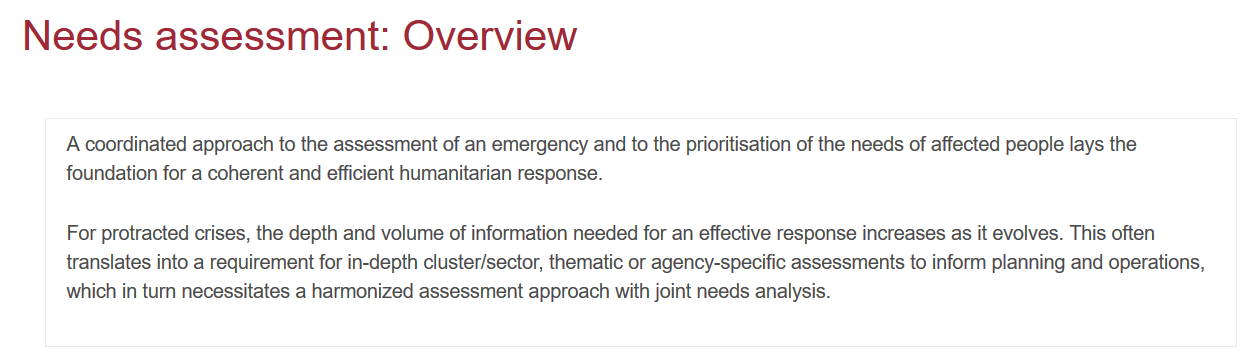
Needs    assessment:    Overview
     A coordinated approach to the assessment of an emergency and to the prioritisation of the needs of affected people lays the
     foundation for a coherent and efficient humanitarian response.
     For protracted crises, the depth and volume of information needed for an effective response increases as it evolves. This often
     translates into a requirement for in-depth cluster/sector, thematic or agency-specific assessments to inform planning and operations,
     which in turn necessitates a harmonized assessment approach with joint needs analysis.